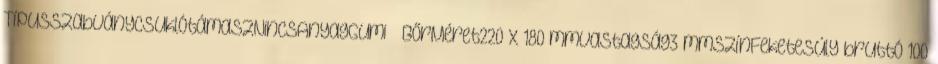
TípusSzabványCsuklótámaszNincsAnyagGumi BőrMéret220 x 180 mmVastagság3 mmSzínFeketeSúly bruttó 100